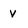
Character: v